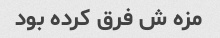
مزه ش فرق کرده بود